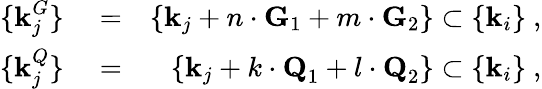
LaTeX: \begin{array}{rlr}{\{ \textbf{k}_{j}^{G}\} }&{{}=}&{\{ \textbf{k}_{j}+n\cdot\textbf{G}_{1}+m\cdot\textbf{G}_{2}\} \subset\{ \textbf{k}_{i}\} ~,}\\ {\{ \textbf{k}_{j}^{Q}\} }&{{}=}&{\{ \textbf{k}_{j}+k\cdot\textbf{Q}_{1}+l\cdot\textbf{Q}_{2}\} \subset\{ \textbf{k}_{i}\} ~,}\end{array}